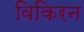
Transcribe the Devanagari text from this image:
विकिरन